Scottish Leaving Certificate Examination, 1961
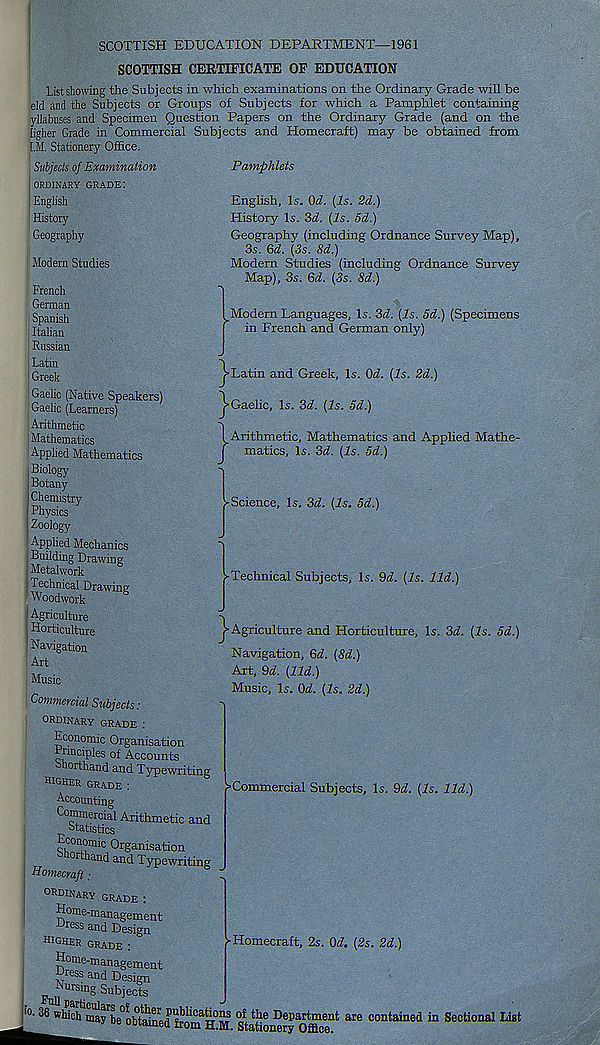
SCOTTISH EDUCATION DEPARTMENT—1961
SCOTTISH CERTIFICATE OF EDUCATION
List showing the Subjects in which examinations on the Ordinary Grade will be
eld and the Subjects or Groups of Subjects for which a Pamphlet containing
yllabuses and Specimen Question Papers on the Ordinary Grade (and on the
ligher Grade in Commercial Subjects and Homecraft) may be obtained from
I.jVL Stationery Office.
Subjects of Examination
Pamphlets
ORDINARY GRADE:
English
History
Geography
Modern Studies
French
German
Spanish
Italian
Russian
Latin
Greek
Gaelic (Native Speakers)
Gaelic (Learners)
Arithmetic
Mathematics
Applied Mathematics
Biology
Botany
Chemistry
Physics
Zoology
Applied Mechanics
Building Drawing
Metalwork
Technical Drawing
Woodwork
Agriculture
Horticulture
■ Navigation
Art
Music
Commercial Subjects:
English, Is. Od. (Is. 2d.)
History Is. 3d. (Is. 5d.)
Geography (including Ordnance Survey Map),
3s. Qd. (3s. 8d.)
Modern Studies (including Ordnance Survey
Map), 3s. Qd. (3s. 8d.)
^Modern Languages, Is. 3d. (Is. 5d.) (Specimens
in French and German only)
j-Latin and Greek, Is. Od. (Is. 2d.)
^■Gaelic, Is. 3d. (Is. 5d.)
I Arithmetic, Mathematics and Applied Mathe-
j matics. Is. 3d. (Is. 5d.)
►Science, Is. 3d. (Is. 5d.)
►Technical Subjects, Is. Od. (Is. lid.)
j-Agriculture and Horticulture, Is. 3d. (Is. 5d.)
Navigation, Qd. (8d.)
Art, 9d. (lid.)
Music, Is. Od. (Is. 2d.)
=Commercial Subjects, Is. 9d. (Is. lid.)
ordinary grade :
Economic Organisation
Principles of Accounts
lorthand and Typewriting
higher grade :
Accounting
Commercial Arithmetic and
Statistics
Organisation
shorthand and Typewriting
■ Homecraft;
ordinary grade :
Home-management ress and Design
mCHER grade :
Home-management
Hress and Design
parsing Subjects
j
3 - 36 which mayb e° obt aine d £r onf H° M. S taMone r y Office 114 ^ COntainea in Seetional List
► Homecraft, 2s. Od. (2s. 2d.)